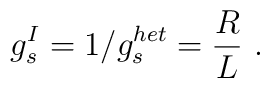
g_s^I= 1/g_s^{het} = {R\over L} \ .